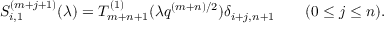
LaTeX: S _ { i , 1 } ^ { ( m + j + 1 ) } ( \lambda ) = T _ { m + n + 1 } ^ { ( 1 ) } ( \lambda q ^ { ( m + n ) / 2 } ) \delta _ { i + j , n + 1 } \qquad ( 0 \le j \le n ) .